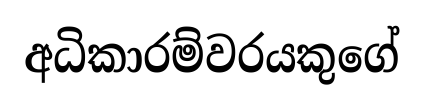
අධිකාරම්වරයකුගේ